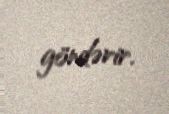
göndərir.